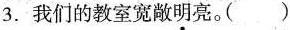
3.我们的教室宽敞明亮。( )